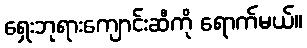
ရှေးဘုရားကျောင်းဆီကို ရောက်မယ်။